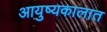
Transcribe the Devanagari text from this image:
आयुष्यकालात